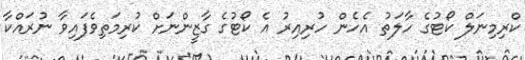
ކްރިމިނަލް ކޯޓުގެ ހާލަތު އެހެން ހުރިއިރު އެ ކޯޓުގެ ގާޒީންނަށް ކުރިމަތިވެފައިވާ ނުރައްކާ